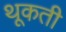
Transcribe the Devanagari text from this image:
थूकती